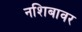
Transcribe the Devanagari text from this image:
नशिबावर